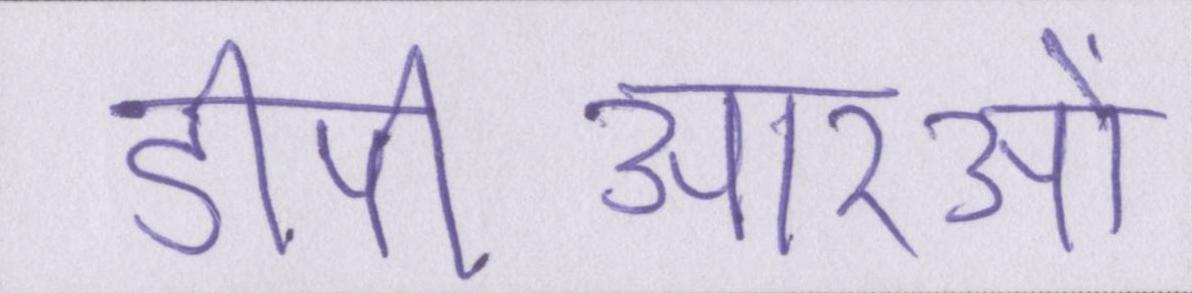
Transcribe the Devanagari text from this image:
डीपीआरओं